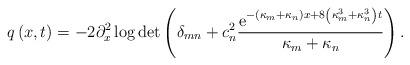
LaTeX: \begin{align*}q\left( x,t\right) =-2\partial_{x}^{2}\log\det\left( \delta_{mn}+c_{n}^{2}\dfrac{\mathrm{e}^{-\left( \kappa_{m}+\kappa_{n}\right) x+8\left(\kappa_{m}^{3}+\kappa_{n}^{3}\right) t}}{\kappa_{m}+\kappa_{n}}\right) .\end{align*}